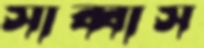
সাব্বাস